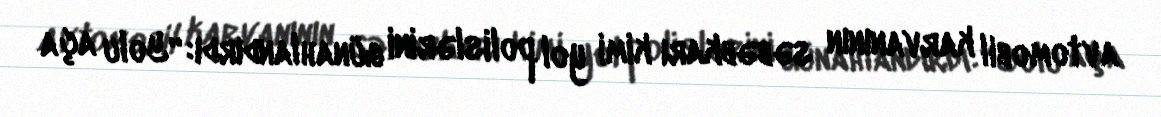
avtomobil karvanının səbəbkarı kimi yol polislərini günahlandırdı: “Yolu aça